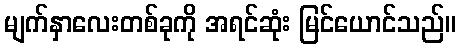
မျက်နှာလေးတစ်ခုကို အရင်ဆုံး မြင်ယောင်သည်။